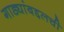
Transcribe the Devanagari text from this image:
गाड्यांबद्दलची